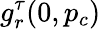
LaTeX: g_{r}^{\tau}(0,p_{c})